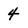
Character: 4